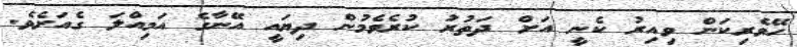
ހޭވެރިކަން ވިއިރު ކެނީ އަށް ދަތުރު ކުރެވެމުން ދިޔައީ އޭނާގެ އަމިއްލަ ގެއަށެވެ.